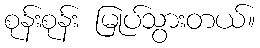
စုန်းစုန်း မြုပ်သွားတယ်။